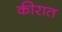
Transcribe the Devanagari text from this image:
कीरात